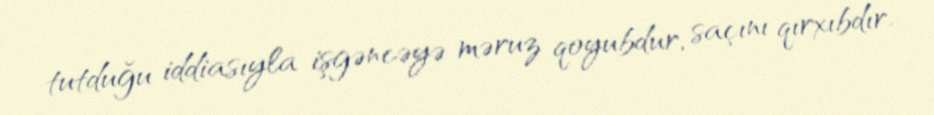
tutduğu iddiasıyla işgəncəyə məruz qoyubdur, saçını qırxıbdır.